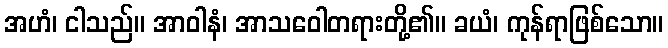
အဟံ၊ ငါသည်။ အာဝါနံ၊ အာသဝေါတရားတို့၏။ ခယံ၊ ကုန်ရာဖြစ်သော။